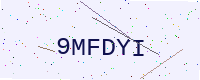
Text: 9MFDYI